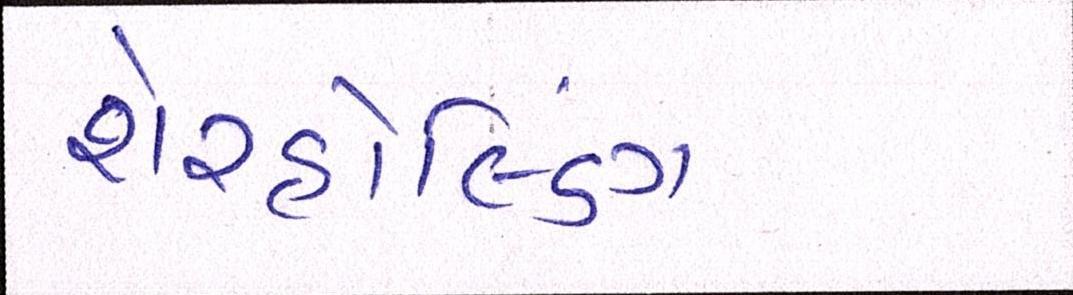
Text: શેરહોલ્ડિંગ